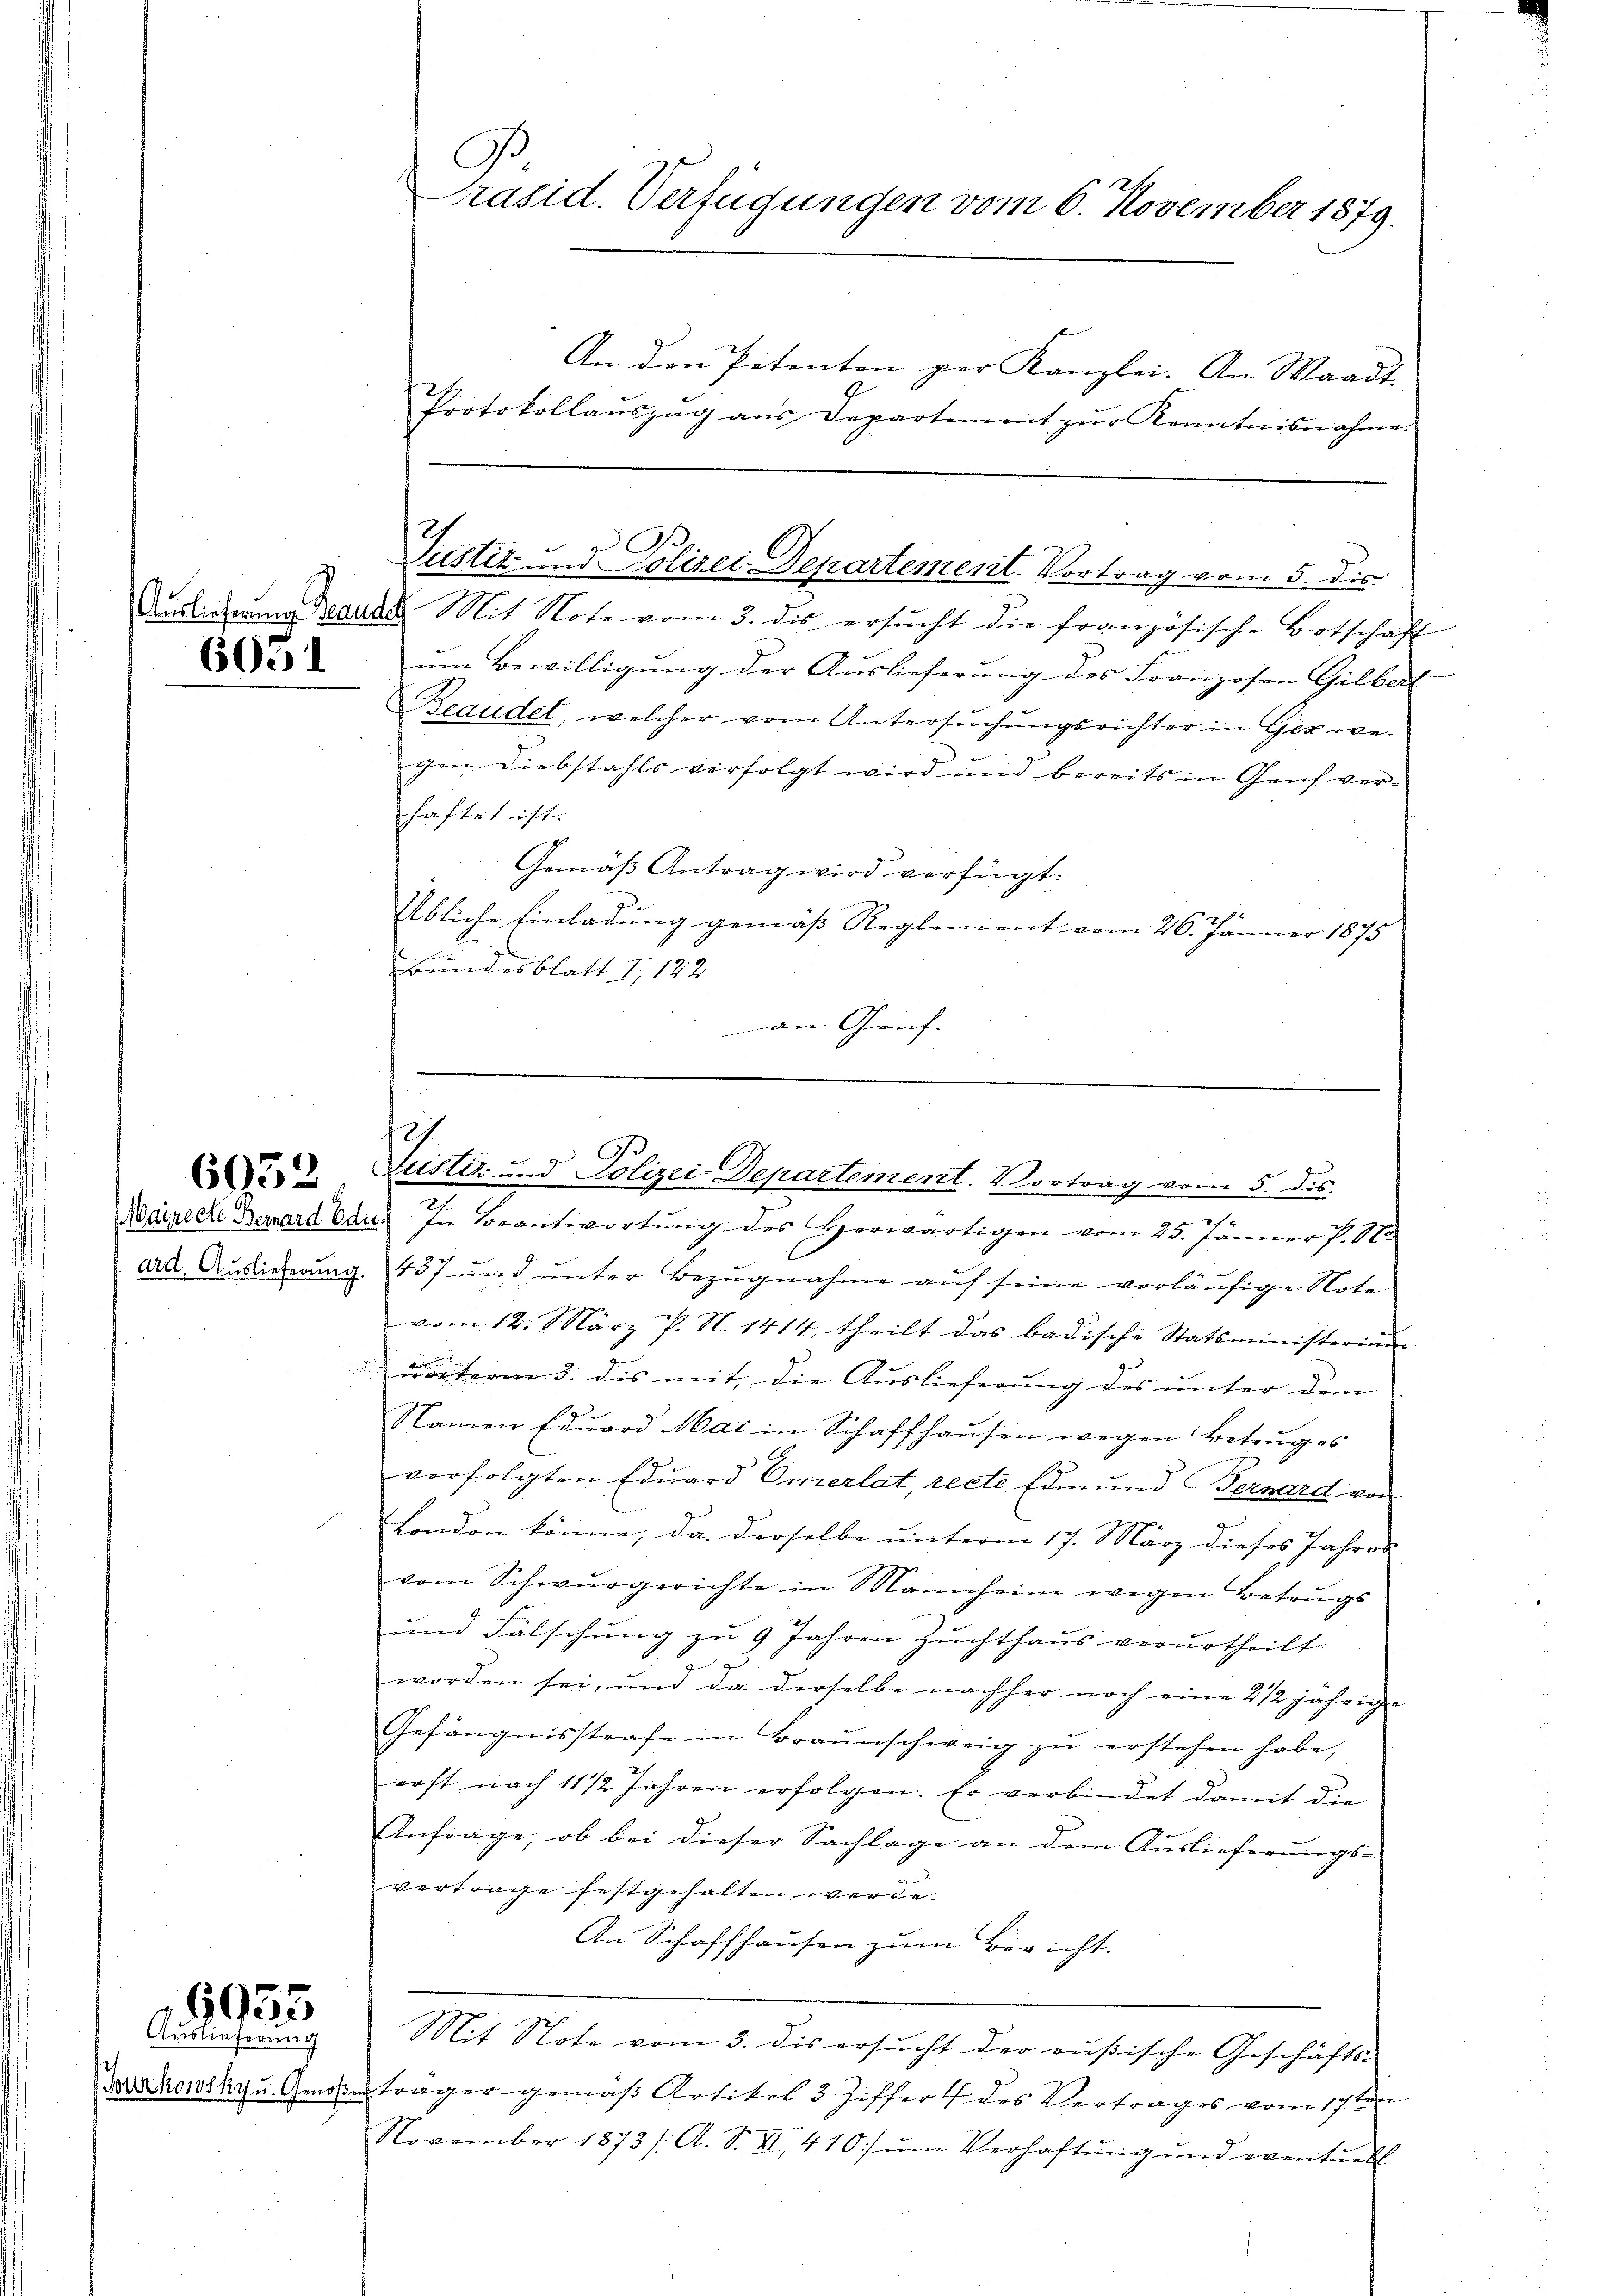
6051

6652

6955
Auslieferung

.
Präsid. Verfügungen vom 6. November 1879.

An den Petenten per Kanzlei. An Waadt
Protokollaŭszŭg aŭs Departement zŭr Kenntnisnahme.
um Bewilligung der Auslieferung des Franzosen Gilbert
Beaudel, welcher vom Untersuchungsrichter in Gerwegen Diebstahls verfolgt wird und bereits in Genf verhaftet ist.
Gemäß Antrag wird verfügt:
Übliche Einladung gemäß Reglement vom 26. Jänner 1875
Bundesblatt I, 122.
an Genf.
Warneck Bernard Bau. In Beantwortung des Horwärtigen vom 25. Jänner P. Nr.
ard. Auslieferung 437 und unter Bezugnahme auf seine vorläufige Note
vom 12. März P. N. 1414, theilt das badische Statsministerium
nöter 3. dis mit, die Auslieferung des unter dem |
Namen Edŭard Mai in Schaffhaŭsen wegen Betruges
u
verfolgten Eduard Omerlat, recte Ermund Fernard, von
London könne, da derselbe unterm 17. März dieses Jahres
vom Schwurgerichte in Mannheim wegen Betrugs
und Fälschung zu 9 Jahren Zuchthaus verurtheilt
worden sei, und da derselbe nachher noch eine 2 1/2 jährige
Gefängnisstrafe in Braunschweig zu erstehen habe,
erst nach 11 1/2 Jahren erfolgen. Er verbindet damit die
Anfrage, ob bei dieser Sachlage an dem Auslieferungs-
vertrage festgehalten werde.
An Schaffhausen zum Bericht.
. geschricht der meistische Geschriften
Vorschowsky u. Genosser trager gemäß Artikel 3 Ziffert des Vertrages vom 17ten
November 1873 /: A. S. II 410/ ŭm Verhaftŭng und eventuell

E
Justiz und Polizei Departement Vortrag vom 5. dis.
Demlicherna Basus Mit Note vom 3. dis ersŭcht die französische Botschaft

7
Justiz und Polizei-Departement. Vortrag vom 5. des